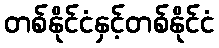
တစ်နိုင်ငံနှင့်တစ်နိုင်ငံ